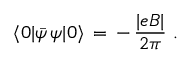
\langle 0 | \bar { \psi } \, \psi | 0 \rangle \, = \, - \, \frac { | e B | } { 2 \pi } \, \, .